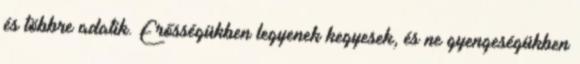
és többre adatik. Erősségükben legyenek kegyesek, és ne gyengeségükben